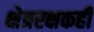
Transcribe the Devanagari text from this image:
क्षेत्ररक्षकही